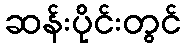
ဆန်းပိုင်းတွင်